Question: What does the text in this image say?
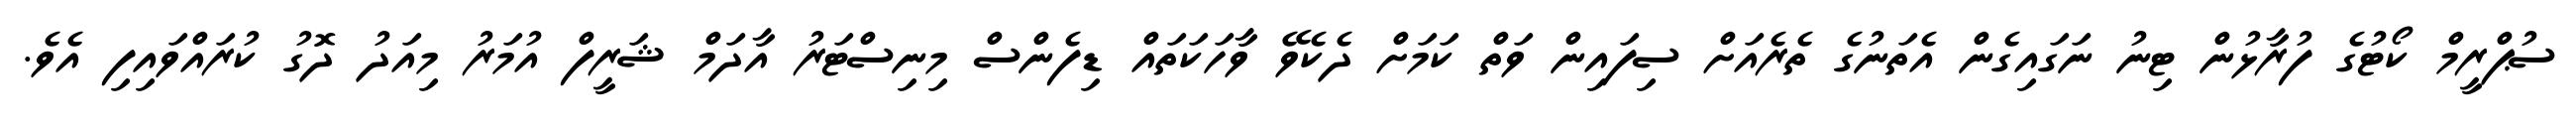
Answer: ސުޕްރީމް ކޯޓުގެ ފުރާޅުން ޓިނު ނަގައިގެން އެތަނުގެ ތެރެއަށް ސިފައިން ވަތް ކަމަށް ދެކެވޭ ވާހަކަތައް ޑިފެންސް މިނިސްޓަރު އާދަމް ޝަރީފް އުމަރު މިއަދު ދޮގު ކުރައްވައިފި އެވެ.